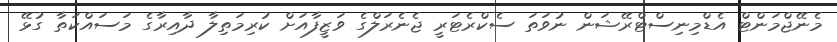
މެނޭޖްމަންޓް އެޑްމިނިސްޓްރޭޝަން ނުވަތަ ސެކްރެޓަރީ ޖެނެރަލްގެ ވަޒީފާއަށް ކުރިމަތިލާ ދާއިރާގެ މަސައްކަތާ ގުޅޭ